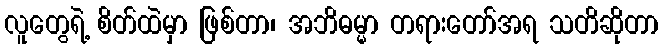
လူတွေရဲ့ စိတ်ထဲမှာ ဖြစ်တာ၊ အဘိဓမ္မာ တရားတော်အရ သတိဆိုတာ